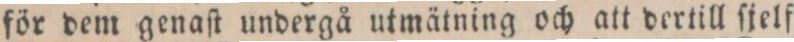
för dem genaſt undergå utmätning och att dertill ſjelf